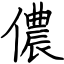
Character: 儂